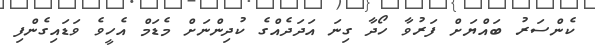
ކެންސަރު ބައްޔަށް ފަރުވާ ހޯދާ ގިނަ އަދަދެއްގެ ކުދިންނަށް މެޑަމް އެހީވެ ވަޑައިގެންފި